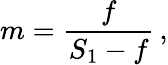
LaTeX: m={\frac{f}{S_{1}-f}}\, ,